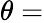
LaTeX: \theta=